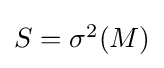
{\textstyle S=\sigma ^{2}(M)}